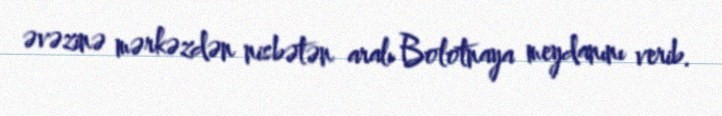
əvəzinə mərkəzdən nisbətən aralı Bolotnaya meydanını verib.